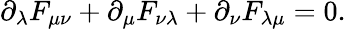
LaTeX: {\partial_{\lambda}}F_{\mu\nu}+{\partial_{\mu}}F_{\nu\lambda}+{\partial_{\nu}}F_{\lambda\mu}=0.